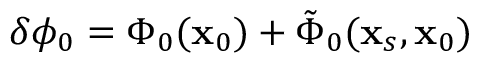
\delta \phi _ { 0 } = \Phi _ { 0 } ( \mathbf { x } _ { 0 } ) + \tilde { \Phi } _ { 0 } ( \mathbf { x } _ { s } , \mathbf { x } _ { 0 } )